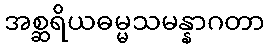
အစ္ဆရိယဓမ္မသမန္နာဂတာ